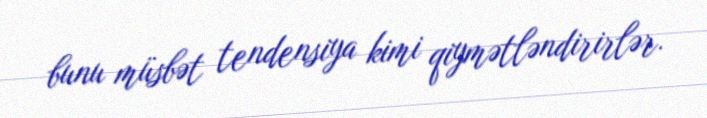
bunu müsbət tendensiya kimi qiymətləndirirlər.